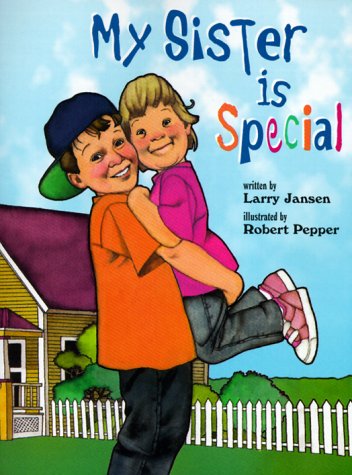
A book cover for My Sister Is Special; Larry Jansen; Health, Fitness & Dieting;